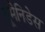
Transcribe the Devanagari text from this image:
यूमेनिडेस